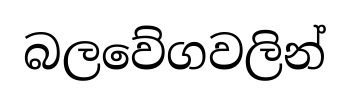
බලවේගවලින්